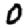
Digit: 0